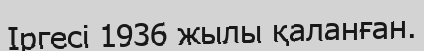
Іргесі 1936 жылы қаланған.